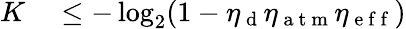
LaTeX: \begin{array}{rl}{K}&{{}\leq-\log_{2}(1-\eta_{\mathrm{~d~}}\eta_{\mathrm{~a~t~m~}}\eta_{\mathrm{~e~f~f~}})}\end{array}